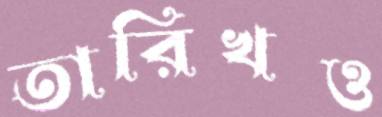
তারিখও